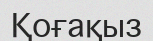
Қоғақыз